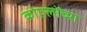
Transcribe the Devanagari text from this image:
कोएलोंच्या